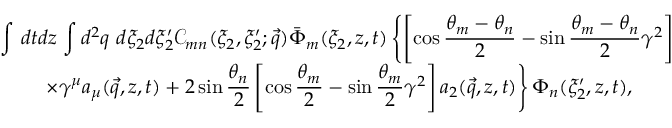
\begin{array} { c } { { { \displaystyle { \int \, d t d z \, \int d ^ { 2 } q \ d \xi _ { 2 } d \xi _ { 2 } ^ { \prime } { \mathcal { C } } _ { m n } ( \xi _ { 2 } , \xi _ { 2 } ^ { \prime } ; \vec { q } ) \bar { \Phi } _ { m } ( \xi _ { 2 } , z , t ) \left\{ \left[ \cos \frac { \theta _ { m } - \theta _ { n } } { 2 } - \sin \frac { \theta _ { m } - \theta _ { n } } { 2 } \gamma ^ { 2 } \right] \right. } } } } \\ { { { \displaystyle { \left. \times \gamma ^ { \mu } a _ { \mu } ( \vec { q } , z , t ) + 2 \sin \frac { \theta _ { n } } { 2 } \left[ \cos \frac { \theta _ { m } } { 2 } - \sin \frac { \theta _ { m } } { 2 } \gamma ^ { 2 } \right] a _ { 2 } ( \vec { q } , z , t ) \right\} \Phi _ { n } ( \xi _ { 2 } ^ { \prime } , z , t ) , } } } } \end{array}